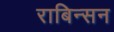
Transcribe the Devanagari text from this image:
राबिन्सन